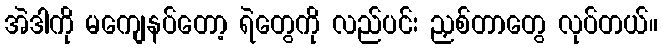
အဲဒါကို မကျေနပ်တော့ ရဲတွေကို လည်ပင်း ညှစ်တာတွေ လုပ်တယ်။